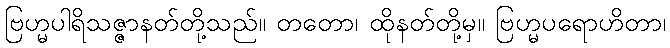
ဗြဟ္မပါရိသဇ္ဇာနတ်တို့သည်။ တတော၊ ထိုနတ်တို့မှ။ ဗြဟ္မပရောဟိတာ၊